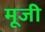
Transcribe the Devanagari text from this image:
मूजी